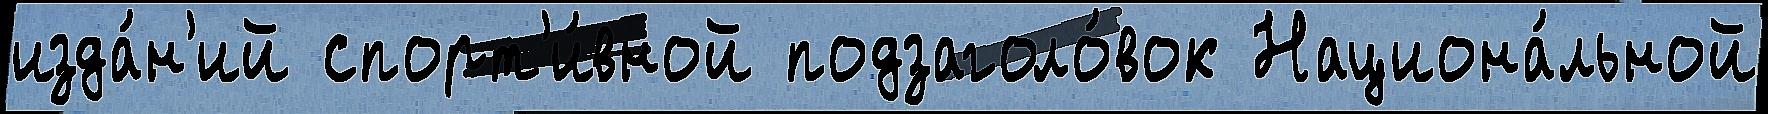
изда́н'ий спорт'и́вной подзаголо́вок Национа́льной